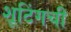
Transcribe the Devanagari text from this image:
शूटिंगची